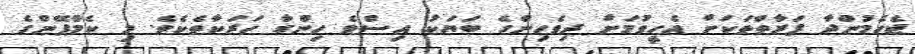
ޖެހެމުންދާ ފަރާތްތަކަށް އެހީވުމަށް ދިވެހިންގެ ބަޔަކު އިސްވެ ހިންގާ ހަރަކާތެކެވެ. މި ކެމްޕޭންގެ